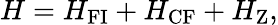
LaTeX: H=H_{\mathrm{FI}}+H_{\mathrm{CF}}+H_{\mathrm{Z}},